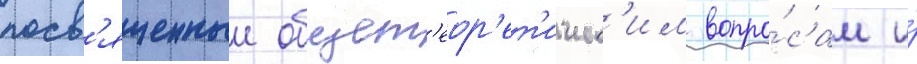
посв'ященныи общет'еор'ет'ическ'им вопро́сам и́